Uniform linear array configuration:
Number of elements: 48
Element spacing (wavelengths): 0.25
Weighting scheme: hamming
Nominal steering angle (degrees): -15
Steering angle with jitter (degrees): -13.833
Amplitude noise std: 0.05
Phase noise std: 0.05

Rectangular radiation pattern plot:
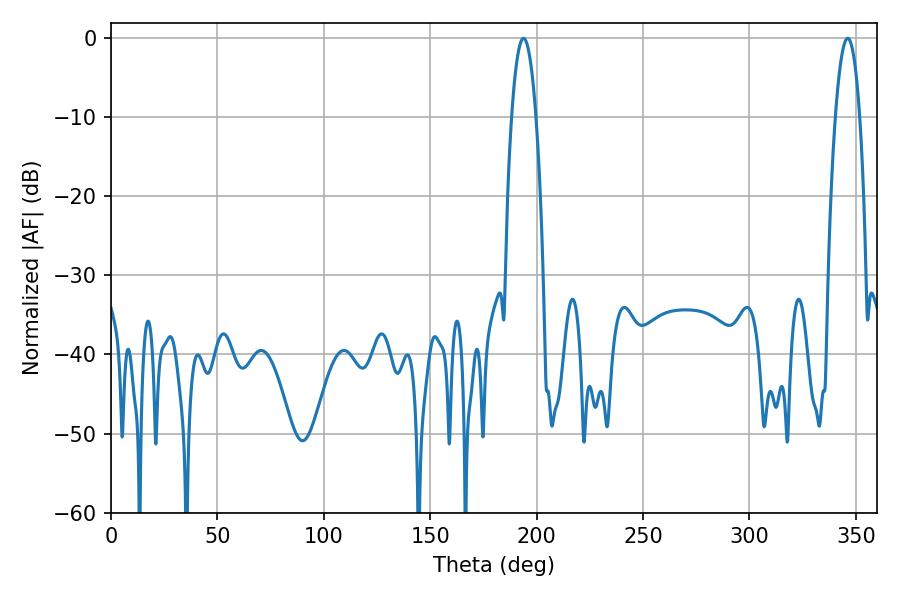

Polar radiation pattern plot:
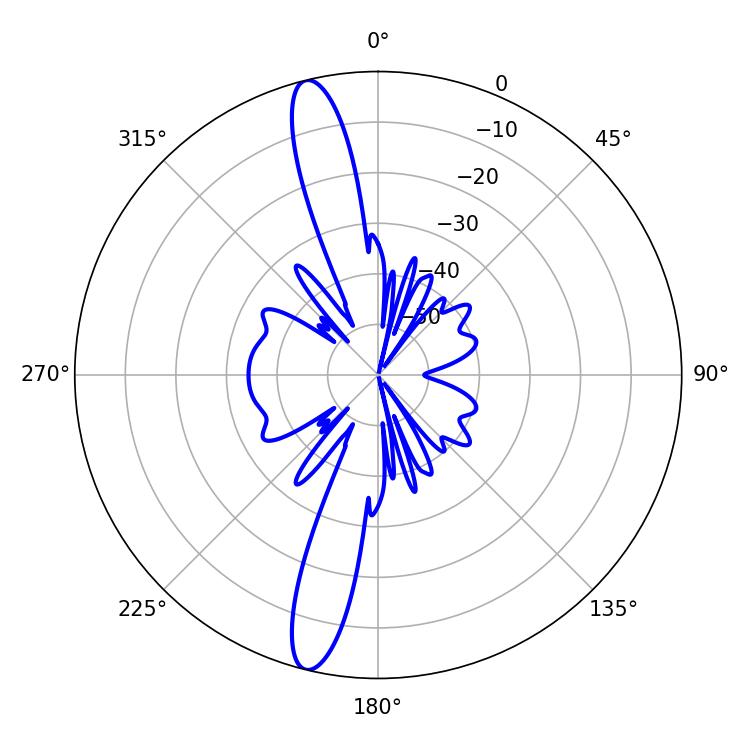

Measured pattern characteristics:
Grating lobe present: FALSE
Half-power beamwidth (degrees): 6.48
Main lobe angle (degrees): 193.86